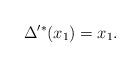
LaTeX: \begin{align*}\Delta'^*(x_1)=x_1.\end{align*}